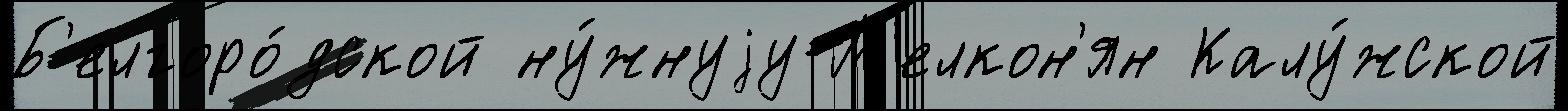
Б'елгоро́дской ну́жнуjу М'елкон'ян Калу́жской